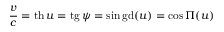
{ \frac { v } { c } } = \operatorname { t h } u = \operatorname { t g } \psi = \sin \operatorname { g d } ( u ) = \cos \Pi ( u )